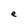
Character: e